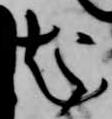
起